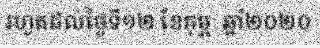
រហូតដល់ថ្ងៃទី១២ ខែកុម្ភៈ ឆ្នាំ២០២០